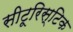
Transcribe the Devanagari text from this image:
सीटूरिस्टिक